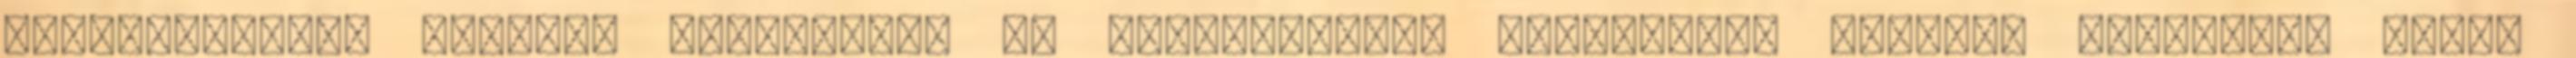
reflexológus, életmód tanácsadó, és gyógytornász kollégáink várják. Augusztus 4-től